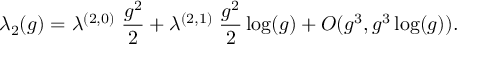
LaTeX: \lambda _ { 2 } ( g ) = \lambda ^ { ( 2 , 0 ) } \; \frac { g ^ { 2 } } { 2 } + \lambda ^ { ( 2 , 1 ) } \; \frac { g ^ { 2 } } { 2 } \log ( g ) + O ( g ^ { 3 } , g ^ { 3 } \log ( g ) ) .